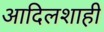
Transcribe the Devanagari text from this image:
आदिलशाही